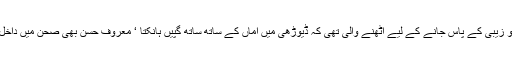
مہرو زیبی کے پاس جانے کے لیے اٹھنے والی تھی کہ ڈیوڑھی میں اماں کے ساتھ ساتھ گپیں ہانکتا ‘ معروف حسن بھی صحن میں داخل ہوا۔